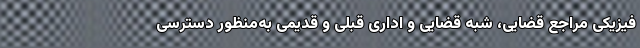
فیزیکی مراجع قضایی، شبه قضایی و اداری قبلی و قدیمی به‌منظور دسترسی